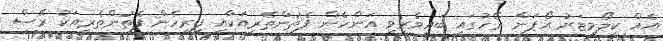
އެއް ކިލޯމީޓަރު އޯޕަން ރޭހުގައި ބައިވެރިވި އަންހެން ފެތުންތެރިއަކާއި ފިރިހެން ފެތުންތެރިއަކު ރޭސް